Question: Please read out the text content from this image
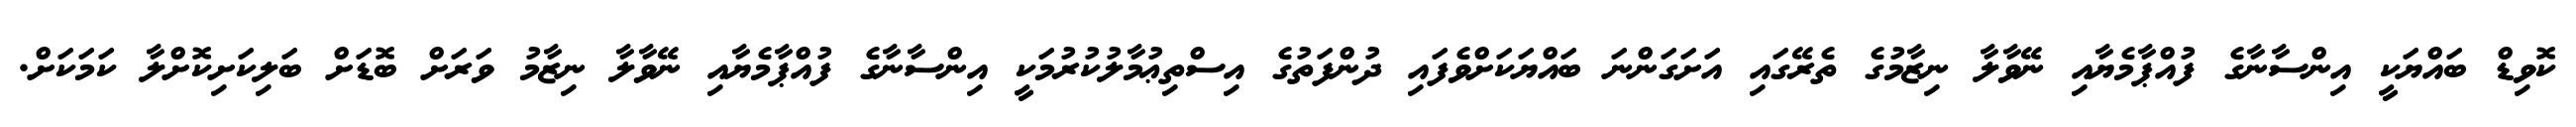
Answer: ކޮވިޑް ބައްޔަކީ އިންސާނާގެ ފުއްޕާމެޔާއި ނޭވާލާ ނިޒާމުގެ ތެރޭގައި އަށަގަންނަ ބައްޔަކަށްވެފައި ދުންފަތުގެ އިސްތިޢުމާލުކުރުމަކީ އިންސާނާގެ ފުއްޕާމެޔާއި ނޭވާލާ ނިޒާމު ވަރަށް ބޮޑަށް ބަލިކަށިކޮށްލާ ކަމަކަށް.